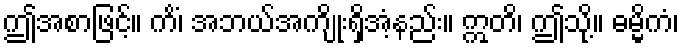
ဤအစာဖြင့်။ ကိံ၊ အဘယ်အကျိုးရှိအံ့နည်း။ ဣတိ၊ ဤသို့။ ဓမ္မိကံ၊